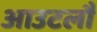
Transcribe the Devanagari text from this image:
आउटलौ